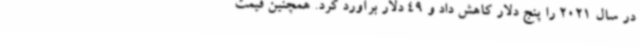
در سال 2021 را پنج دلار کاهش داد و 49 دلار برآورد کرد. همچنین قیمت